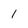
Character: 1